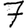
Digit: 7